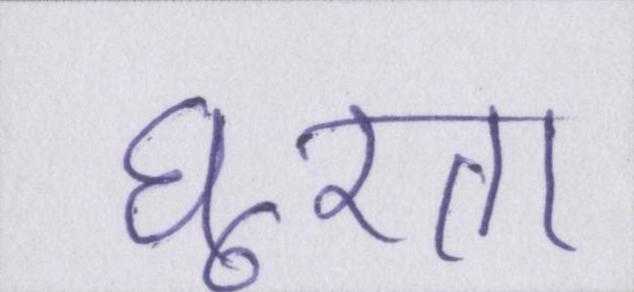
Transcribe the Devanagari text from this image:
घूरता